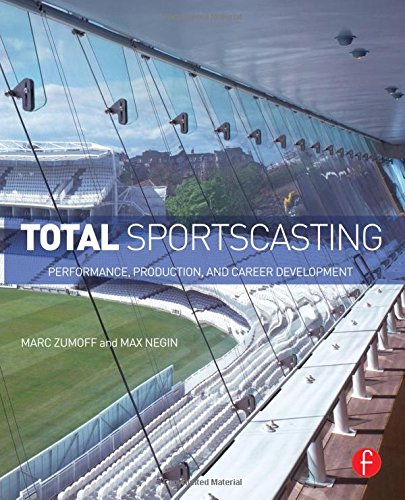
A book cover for Total Sportscasting: Performance, Production, and Career Development; Marc Zumoff; Sports & Outdoors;